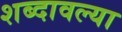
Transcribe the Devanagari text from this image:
शब्दावल्या